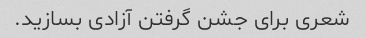
شعری برای جشن گرفتن آزادی بسازید.